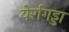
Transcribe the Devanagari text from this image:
येर्रागड्डा